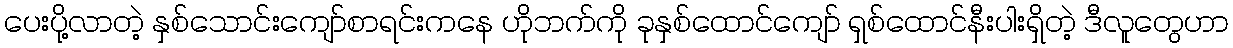
ပေးပို့လာတဲ့ နှစ်သောင်းကျော်စာရင်းကနေ ဟိုဘက်ကို ခုနှစ်ထောင်ကျော် ရှစ်ထောင်နီးပါးရှိတဲ့ ဒီလူတွေဟာ